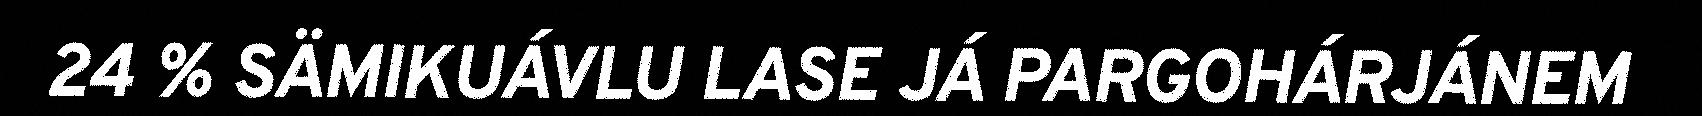
24 % SÄMIKUÁVLU LASE JÁ PARGOHÁRJÁNEM